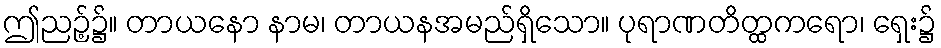
ဤညဉ့်၌။ တာယနော နာမ၊ တာယနအမည်ရှိသော။ ပုရာဏတိတ္ထကရော၊ ရှေး၌